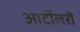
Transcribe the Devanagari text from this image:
आर्टीलरी